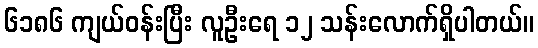
၆၁၈၆ ကျယ်ဝန်းပြီး လူဦးရေ ၁၂ သန်းလောက်ရှိပါတယ်။